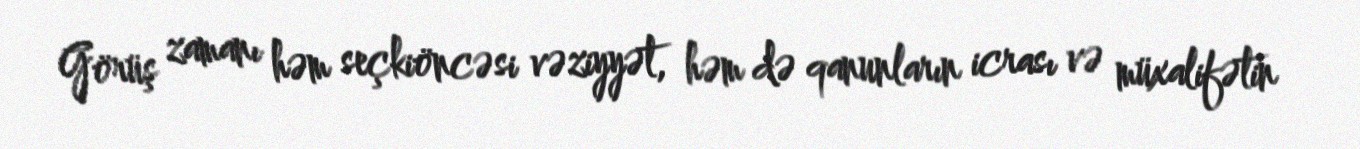
Görüş zamanı həm seçkiöncəsi vəziyyət, həm də qanunların icrası və müxalifətin